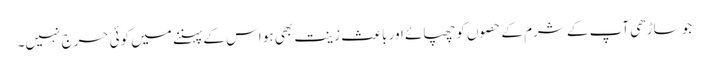
جو ساڑھی آپ کے شرم کے حصوں کو چھپائے اور باعث زینت بھی ہو اس کے پہننے میں کوئی حرج نہیں۔